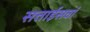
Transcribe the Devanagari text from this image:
सत्ताईसवां